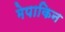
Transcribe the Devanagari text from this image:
मेपाकिन